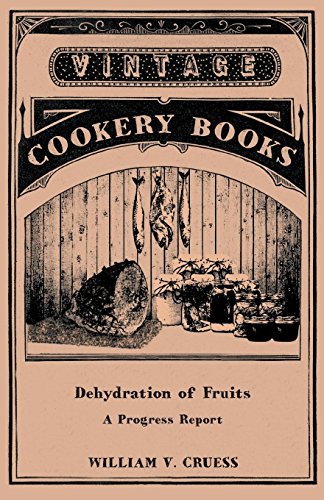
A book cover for Dehydration of Fruits - A Progress Report; William V. Cruess; Cookbooks, Food & Wine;